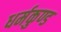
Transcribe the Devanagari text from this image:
धर्मकुण्ड